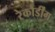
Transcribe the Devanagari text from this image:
रेकौर्डींग